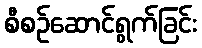
စီစဉ်ဆောင်ရွက်ခြင်း